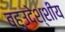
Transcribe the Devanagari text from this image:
बहुउदेश्शीय